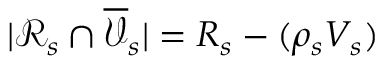
| \mathcal { R } _ { s } \cap \overline { { \mathcal { V } } } _ { s } | = R _ { s } - ( \rho _ { s } V _ { s } )